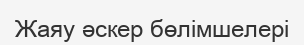
Жаяу әскер бөлімшелері